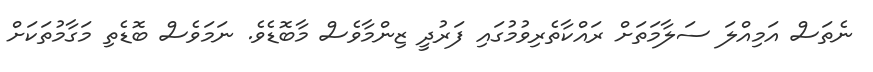
ނެތަސް އަމިއްލަ ސަލާމަތަށް ރައްކާތެރިވުމުގައި ފަރުދީ ޒިންމާވެސް މާބޮޑެވެ. ނަމަވެސް ބޮޑެތި މަގާމުތަކަށް